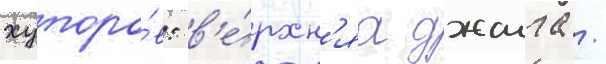
хуторо́в: в'е́рхн'яа джалга /